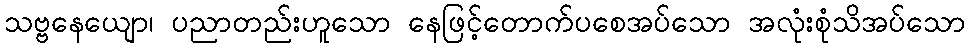
သဗ္ဗနေယျော၊ ပညာတည်းဟူသော နေဖြင့်တောက်ပစေအပ်သော အလုံးစုံသိအပ်သော